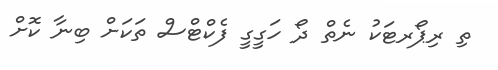
ތި ރިޕޯރޓަކު ނެތް ދޯ ހަގީގީ ފެކްޓްސް ތަކަށް ބިނާ ކޮށް